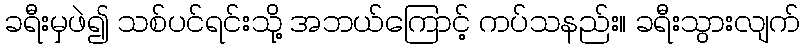
ခရီးမှဖဲ၍ သစ်ပင်ရင်းသို့ အဘယ်ကြောင့် ကပ်သနည်း။ ခရီးသွားလျက်